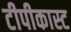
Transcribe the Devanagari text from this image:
टीपीकास्ट